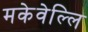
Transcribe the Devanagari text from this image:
मकेवेल्लि